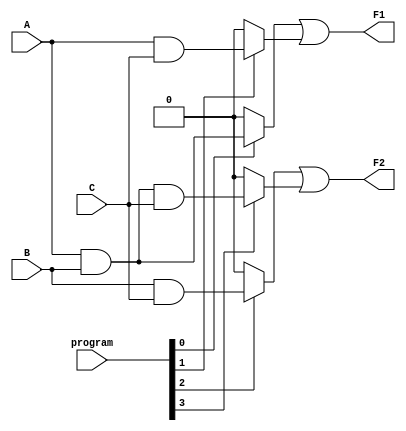
module GPAL (
    input wire A, B, C,          // Input lines
    input wire [3:0] program,    // Programming input for AND gates
    output wire F1, F2           // Output lines
);

// Internal wires for AND gate outputs
wire and_out[3:0];

// Programmable AND array
assign and_out[0] = (program[0]) ? (A & B) : 1'b0;  // AND Gate 0
assign and_out[1] = (program[1]) ? (A & C) : 1'b0;  // AND Gate 1
assign and_out[2] = (program[2]) ? (B & C) : 1'b0;  // AND Gate 2
assign and_out[3] = (program[3]) ? (A & B & C) : 1'b0; // AND Gate 3

// Fixed OR array
assign F1 = and_out[0] | and_out[1]; // OR Gate 1
assign F2 = and_out[2] | and_out[3]; // OR Gate 2

endmodule